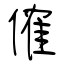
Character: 傕